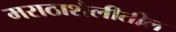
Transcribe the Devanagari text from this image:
मराठाशैलीतील